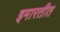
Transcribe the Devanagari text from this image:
इमारतीत